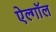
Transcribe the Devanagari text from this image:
ऐल्गॉल